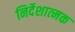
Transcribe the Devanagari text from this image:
निर्देशात्‍मक